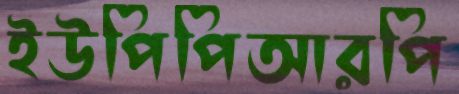
ইউপিপিআরপি